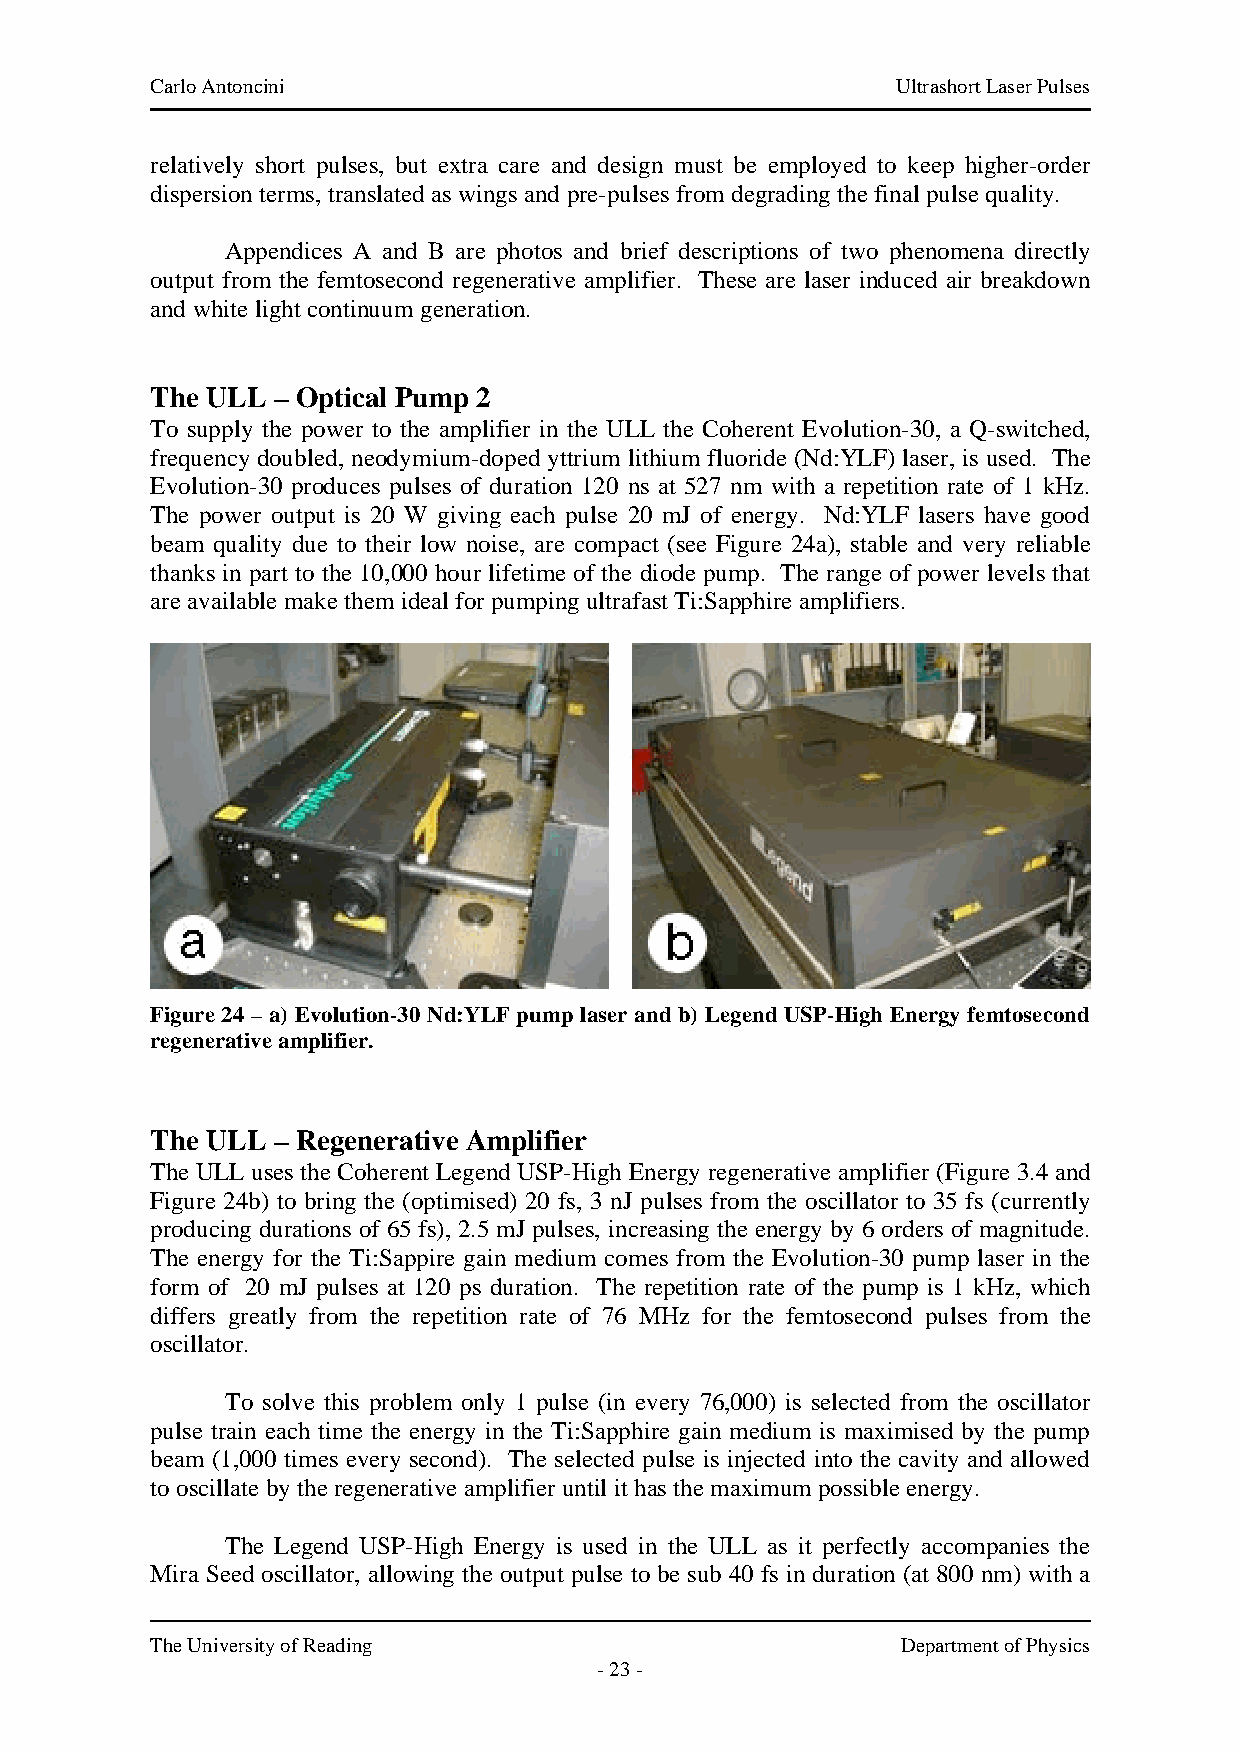
Carlo Antoncini                                  Ultrashort Laser Pulses
 relatively short pulses, but extra care and design must be employed to keep higher-order
 dispersion terms, translated as wings and pre-pulses from degrading the final pulse quality.
 Appendices A and B are photos and brief descriptions of two phenomena directly
 output from the femtosecond regenerative amplifier. These are laser induced air breakdown
 and white light continuum generation.
 The ULL – Optical Pump 2
 To supply the power to the amplifier in the ULL the Coherent Evolution-30, a Q-switched,
 frequency doubled, neodymium-doped yttrium lithium fluoride (Nd:YLF) laser, is used. The
 Evolution-30 produces pulses of duration 120 ns at 527 nm with a repetition rate of 1 kHz.
 The power output is 20 W giving each pulse 20 mJ of energy. Nd:YLF lasers have good
 beam quality due to their low noise, are compact (see Figure 24a), stable and very reliable
 thanks in part to the 10,000 hour lifetime of the diode pump. The range of power levels that
 are available make them ideal for pumping ultrafast Ti:Sapphire amplifiers.
 Figure 24 – a) Evolution-30 Nd:YLF pump laser and b) Legend USP-High Energy femtosecond
 regenerative amplifier.
 The ULL – Regenerative Amplifier
 The ULL uses the Coherent Legend USP-High Energy regenerative amplifier (Figure 3.4 and
 Figure 24b) to bring the (optimised) 20 fs, 3 nJ pulses from the oscillator to 35 fs (currently
 producing durations of 65 fs), 2.5 mJ pulses, increasing the energy by 6 orders of magnitude.
 The energy for the Ti:Sappire gain medium comes from the Evolution-30 pump laser in the
 form of 20 mJ pulses at 120 ps duration. The repetition rate of the pump is 1 kHz, which
 differs greatly from the repetition rate of 76 MHz for the femtosecond pulses from the
 oscillator.
 To solve this problem only 1 pulse (in every 76,000) is selected from the oscillator
 pulse train each time the energy in the Ti:Sapphire gain medium is maximised by the pump
 beam (1,000 times every second). The selected pulse is injected into the cavity and allowed
 to oscillate by the regenerative amplifier until it has the maximum possible energy.
 The Legend USP-High Energy is used in the ULL as it perfectly accompanies the
 Mira Seed oscillator, allowing the output pulse to be sub 40 fs in duration (at 800 nm) with a
 The University of Reading                         Department of Physics
 - 23 -